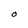
Character: O